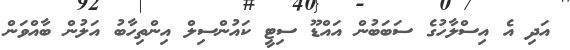
އަދި އެ އިސްލާހުގެ ސަބަބުން އައްޑޫ ސިޓީ ކައުންސިލް އިންތިހާބު އަލުން ބާއްވަން